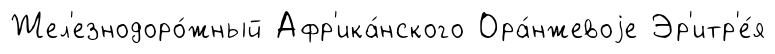
Жел'езнодоро́жный Афр'ика́нского Ора́нжевоjе Эр'итр'е́я